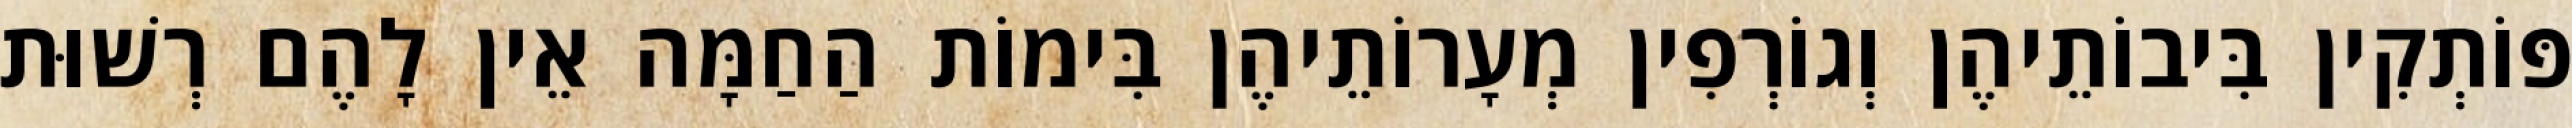
פּוֹתְקִין בִּיבוֹתֵיהֶן וְגוֹרְפִין מְעָרוֹתֵיהֶן בִּימוֹת הַחַמָּה אֵין לָהֶם רְשׁוּת